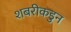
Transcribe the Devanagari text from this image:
शबरीकडुन